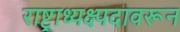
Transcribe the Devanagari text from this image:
राष्ट्राध्यक्ष्पदावरून